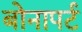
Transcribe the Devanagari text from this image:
बोनापर्ट